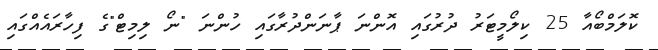
ކޮލަމްބޯއާ 25 ކިލޯމީޓަރު ދުރުގައި އޮންނަ ޕާނަންދުރާގައި ހުންނަ "ނޯ ލިމިޓް"ގެ ފިހާރައެއްގައި